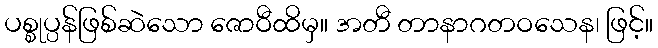
ပစ္စုပ္ပန်ဖြစ်ဆဲသော ဇောဝီထိမှ။ အတီ တာနာဂတဝသေန၊ ဖြင့်။